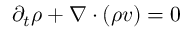
\begin{array} { r } { \partial _ { t } \rho + \nabla \cdot ( \rho v ) = 0 } \end{array}